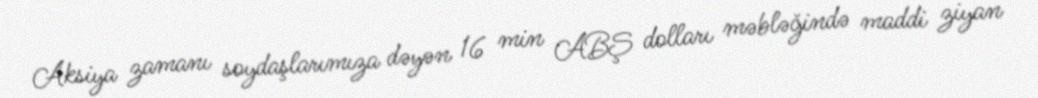
Aksiya zamanı soydaşlarımıza dəyən 16 min ABŞ dolları məbləğində maddi ziyan